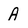
Character: A